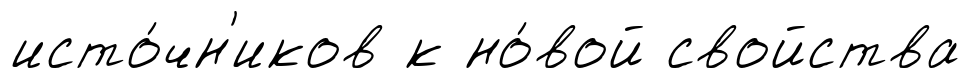
исто́чн'иков к но́вой свойства